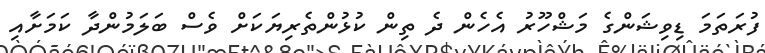
ފުރަތަމަ ޑިވިޝަންގެ މަޝްހޫރު އެހެން ދެ ތިން ކުޅުންތެރިޔަކަށް ވެސް ބަލަމުންދާ ކަމަށާއި